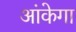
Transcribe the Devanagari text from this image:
आंकेगा